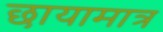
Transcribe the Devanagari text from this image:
छायामात्र